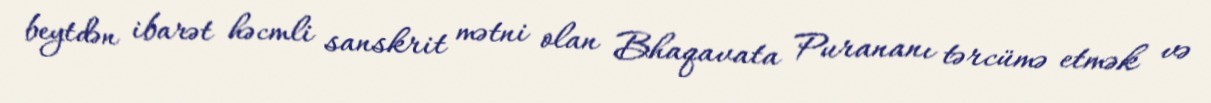
beytdən ibarət həcmli sanskrit mətni olan Bhaqavata Purananı tərcümə etmək və